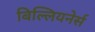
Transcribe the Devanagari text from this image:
बिल्लियनेर्स